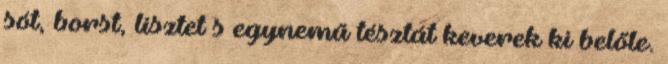
sót, borst, lisztet s egynemű tésztát keverek ki belőle.